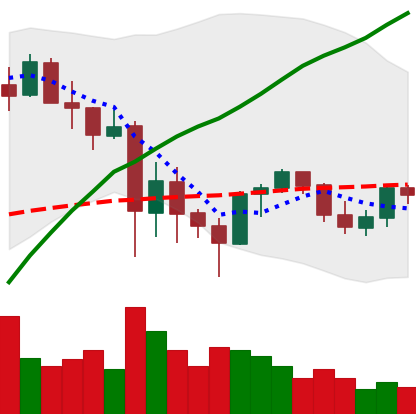
Ticker: ETH-USD
Chart end date: 2021-06-01
Forward return: 3.098%
Label: up_3_5